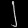
Digit: ၂